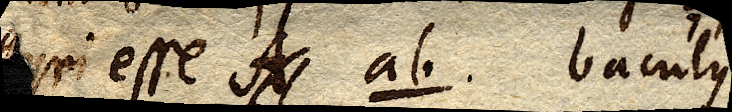
gyri esse A ab. baculus